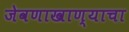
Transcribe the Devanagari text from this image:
जेवणाखाण्याचा